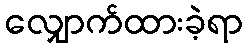
လျှောက်ထားခဲ့ရာ